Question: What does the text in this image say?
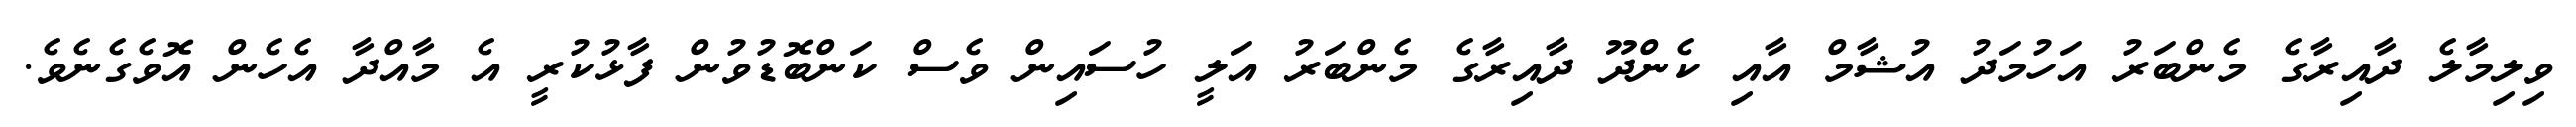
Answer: ވިލިމާލެ ދާއިރާގެ މެންބަރު އަހުމަދު އުޝާމް އާއި ކެންދޫ ދާއިރާގެ މެންބަރު އަލީ ހުސައިން ވެސް ކަންބޮޑުވުން ފާޅުކުރީ އެ މާއްދާ އެހެން އޮވެގެނެވެ.